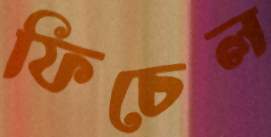
ফিচেল